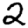
Digit: 2